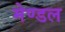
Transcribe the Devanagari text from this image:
मेण्डल